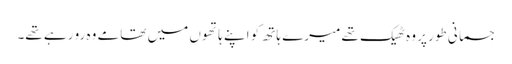
جسمانی طور پر وہ ٹھیک تھے میرے ہاتھ کو اپنے ہاتھوں میں تھامے وہ رو رہے تھے۔